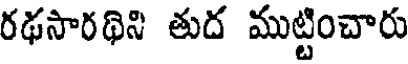
రథసారథిని తుద ముట్టించారు